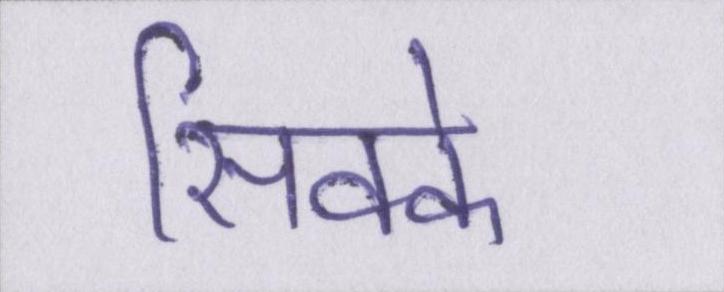
सिक्के